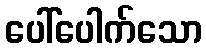
ပေါ်ပေါက်သော